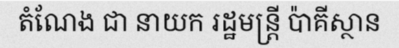
តំណែង ជា នាយក រដ្ឋមន្ត្រី ប៉ាគីស្ថាន